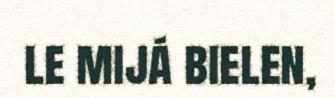
le mijá bielen,